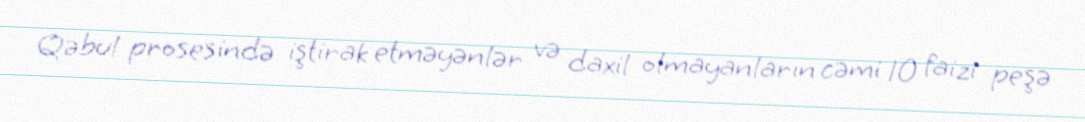
Qəbul prosesində iştirak etməyənlər və daxil olmayanların cəmi 10 faizi peşə